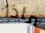
ماذا